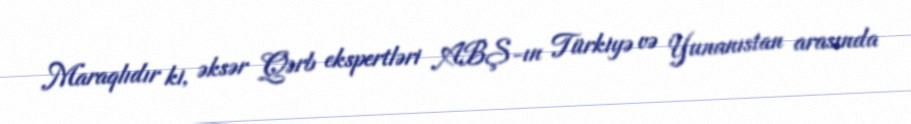
Maraqlıdır ki, əksər Qərb ekspertləri ABŞ-ın Türkiyə və Yunanıstan arasında